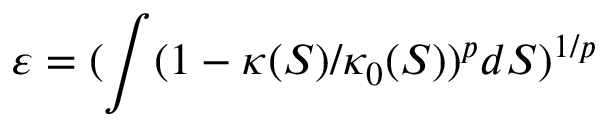
\varepsilon = ( \int ( 1 - \kappa ( S ) / \kappa _ { 0 } ( S ) ) ^ { p } d S ) ^ { 1 / p }